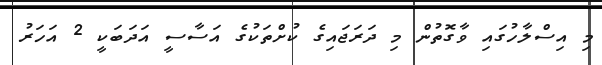
މި އިސްލާހުގައި ވާގޮތުން މި ދަރަޖައިގެ ކުށްތަކުގެ އަސާސީ އަދަބަކީ 2 އަހަރު